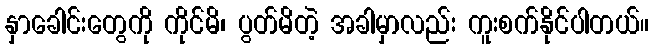
နှာခေါင်းတွေကို ကိုင်မိ၊ ပွတ်မိတဲ့ အခါမှာလည်း ကူးစက်နိုင်ပါတယ်။